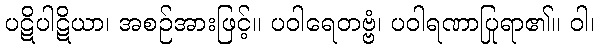
ပဋိပါဋိယာ၊ အစဉ်အားဖြင့်။ ပဝါရေတဗ္ဗံ၊ ပဝါရဏာပြုရာ၏။ ဝါ၊